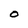
Character: 0